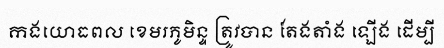
កងយោធពល ខេមរភូមិន្ទ ត្រូវបាន តែងតាំង ឡើង ដើម្បី